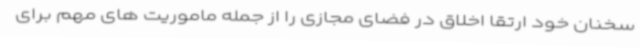
سخنان خود ارتقا اخلاق در فضای مجازی را از جمله ماموریت های مهم برای